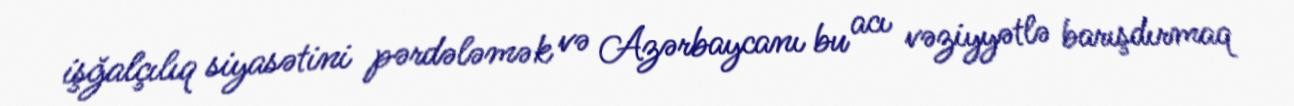
işğalçılıq siyasətini pərdələmək və Azərbaycanı bu acı vəziyyətlə barışdırmaq